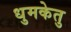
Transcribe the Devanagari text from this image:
धुमकेतु